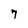
Character: 7